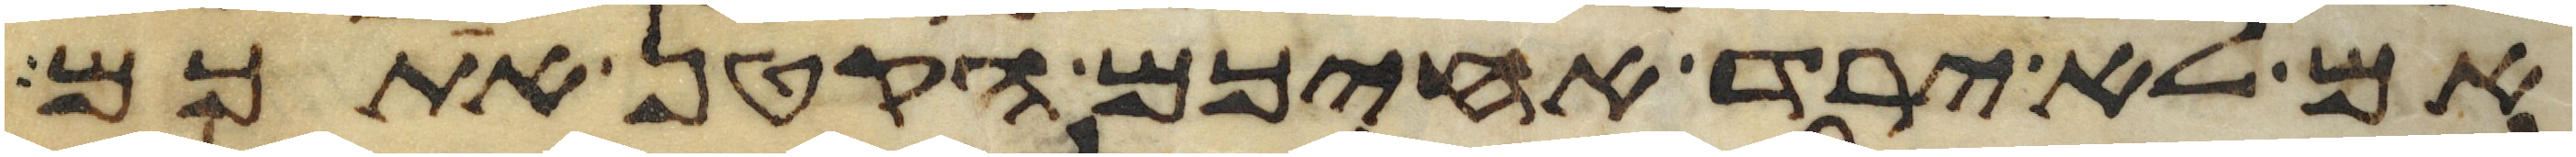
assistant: אם לא ירד אחיכם הקטן אתכם